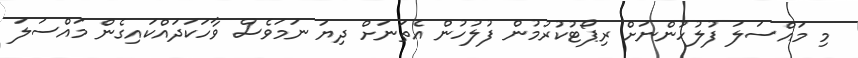
މި މައްސަލަ ފުލުހުންނަށް ރިޕޯޓުކުރުމުން ފުލުހުން އެތަނަށް ދިޔަ ނަމަވެސް ވާހަކަދައްކައިގެން މައްސަލަ